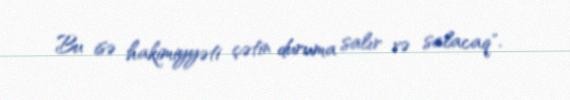
Bu isə hakimiyyəti çətin duruma salır və salacaq".